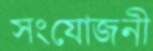
সংযোজনী